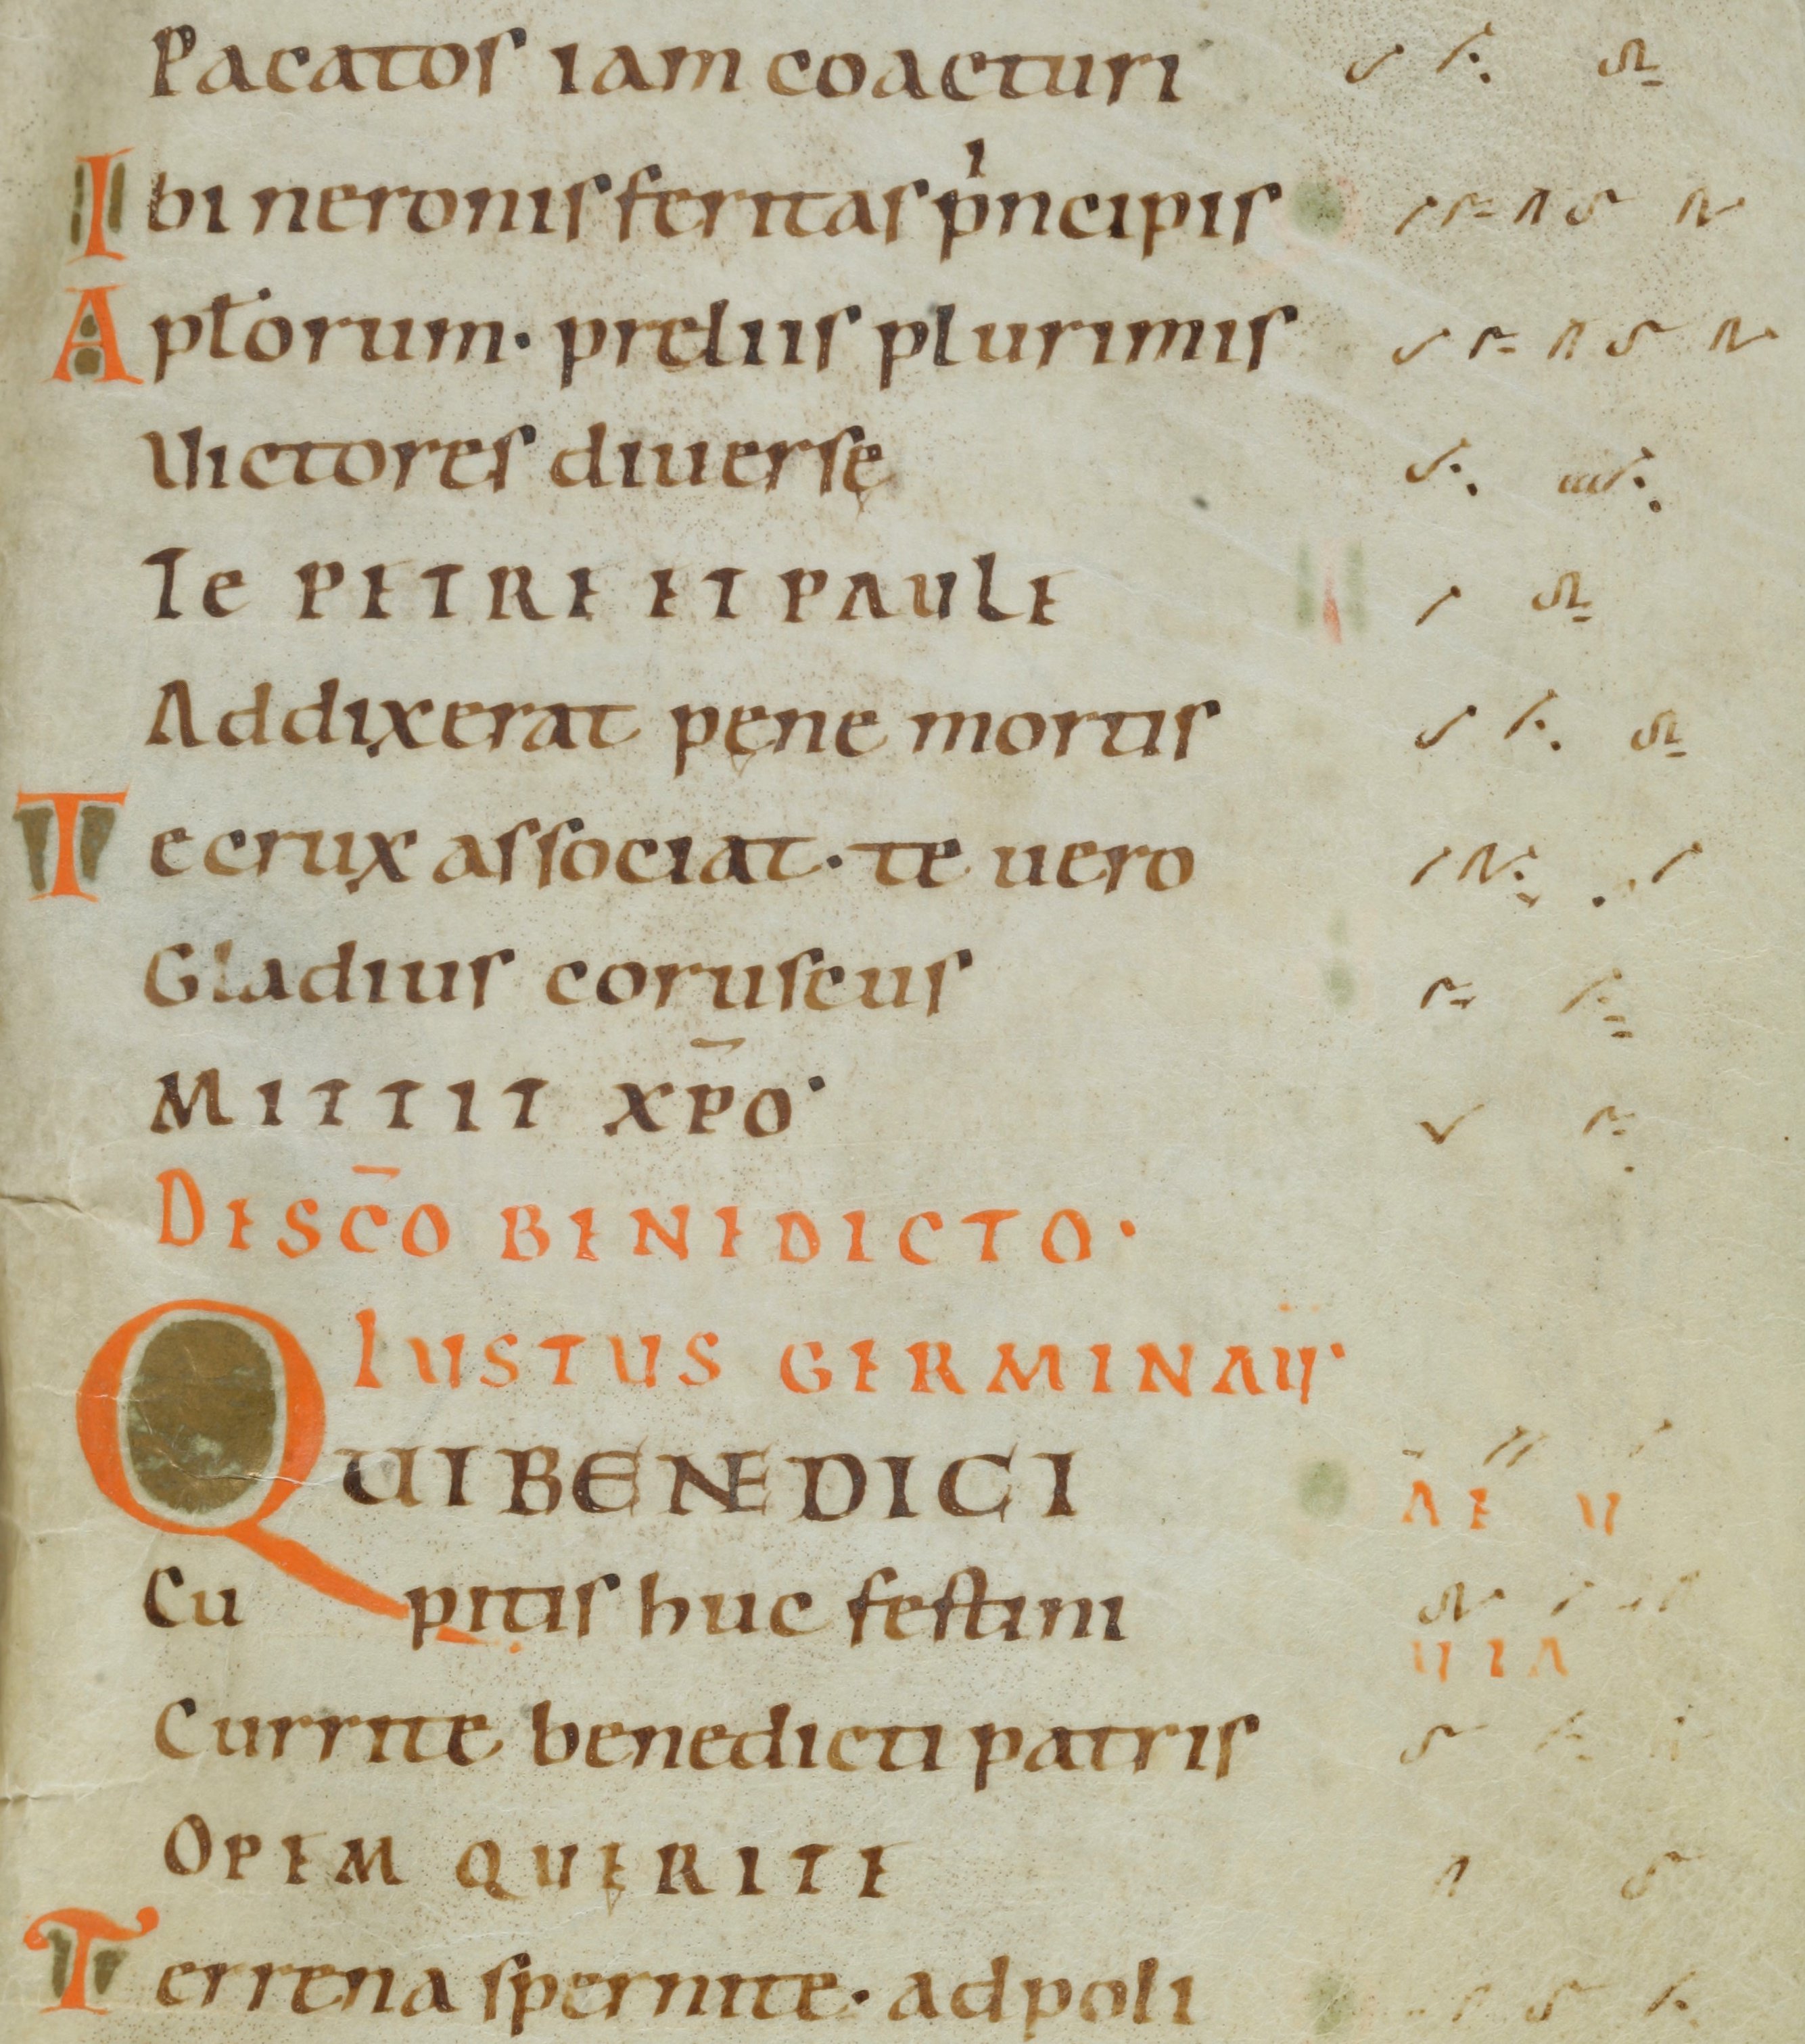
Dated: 1000–1099